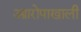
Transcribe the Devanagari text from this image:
आारोपाखाली